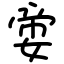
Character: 㛳